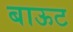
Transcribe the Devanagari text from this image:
बाऊट